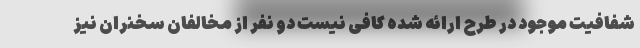
شفافیت موجود در طرح ارائه شده کافی نیست دو نفر از مخالفان سخنران نیز